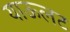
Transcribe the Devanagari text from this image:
याऊलट